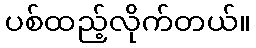
ပစ်ထည့်လိုက်တယ်။